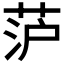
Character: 𮶥